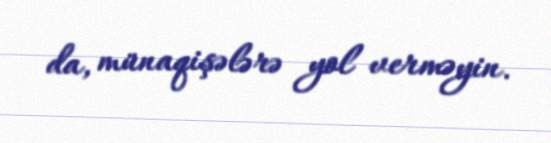
da, münaqişələrə yol verməyin.